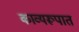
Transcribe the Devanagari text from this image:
काव्यरूपात